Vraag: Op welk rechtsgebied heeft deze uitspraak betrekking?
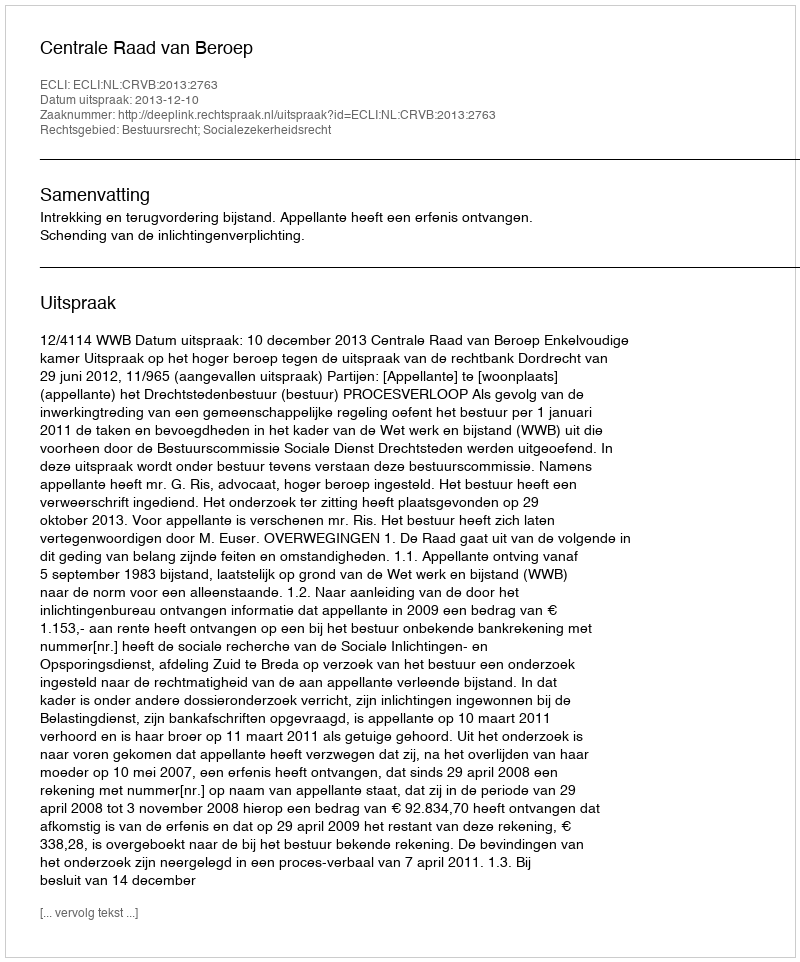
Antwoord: Bestuursrecht; Socialezekerheidsrecht